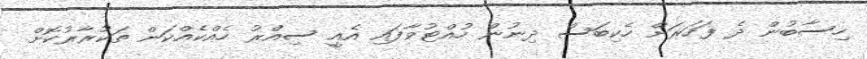
ހިސާބުން ދެ ފަހަރަށް ހެކިބަސް ދިނުން ހުއްޓުވާފައި އެއީ ސިއްރު ހެއްކެއްކަން ތަކުރާރުކޮށް